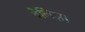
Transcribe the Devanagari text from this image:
वेलिझ।